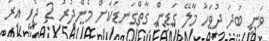
ވަނީ ބުދަ ދުވަހު މާލޭ ގަޑިން ގާތްގަނޑަކަށް މެންދުރު 2 ޖެހި އިރު